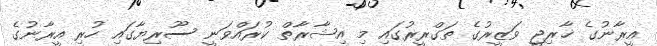
އީރާނުގެ ޚާރިޖީ ވަޒީރުގެ ތަގްރީރުގައި މި އިޝާރާތް ކުރައްވަނީ ސޫރިޔާގައި ހުރި އީރާނުގެ